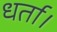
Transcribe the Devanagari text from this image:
धर्ता।